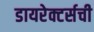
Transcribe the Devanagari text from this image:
डायरेक्टर्सची